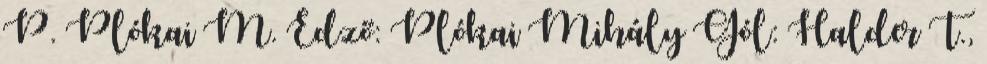
P. Plókai M. Edző: Plókai Mihály Gól: Halder T.,